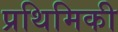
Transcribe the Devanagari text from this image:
प्रथिमिकी